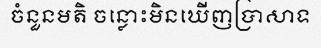
ចំនួនមតិ ចន្លោះមិនឃើញប្រាសាទ